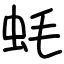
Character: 蚝